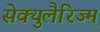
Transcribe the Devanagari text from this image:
सेक्युलैरिज्म़